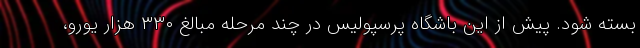
بسته شود. پیش از این باشگاه پرسپولیس در چند مرحله مبالغ ٣٣٠ هزار یورو،